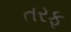
તરફ